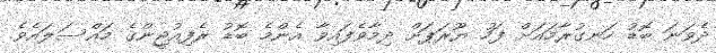
ދެވަނަ ބޮޑު ހަނގުރާމައަށް ފަހު ޔޫރަޕަށް ދިމާވެފައިވާ އެންމެ ބޮޑު ރެފިއުޖީންގެ މައްސަލައެވެ.